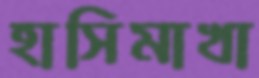
হাসিমাখা